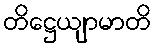
တိဋ္ဌေယျာမာတိ